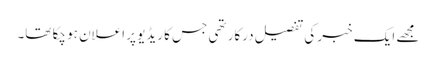
مجھے ایک خبر کی تفصیل درکار تھی جس کا ریڈیو پر اعلان ہو چکا تھا۔